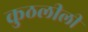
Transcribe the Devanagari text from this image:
कुठलीली